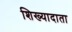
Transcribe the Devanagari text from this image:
शिख्यादाता